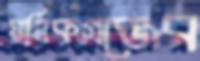
মানিকগঞ্জের